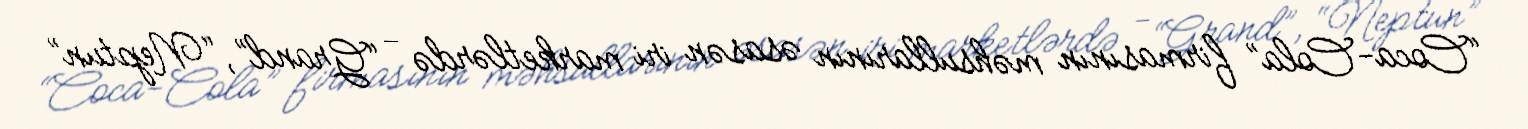
“Coca-Cola” firmasının məhsullarının əsasən iri marketlərdə - “Grand”, “Neptun”